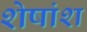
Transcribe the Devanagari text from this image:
शेषांश